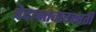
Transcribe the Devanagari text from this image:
वेदान्तवाचस्पती